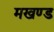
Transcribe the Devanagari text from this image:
मखण्ड